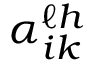
\alpha _ { i k } ^ { \ell h }